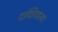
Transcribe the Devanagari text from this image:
दाक्षिणात्य।